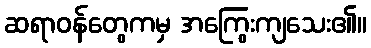
ဆရာဝန်တွေကမှ အကြွေးကျသေး၏။